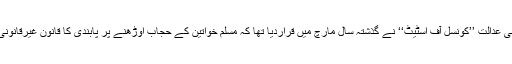
فرانس کی اعلیٰ انتظامی عدالت ’’کونسل آف اسٹیٹ‘‘ نے گذشتہ سال مارچ میں قراردیا تھا کہ مسلم خواتین کے حجاب اوڑھنے پر پابندی کا قانون غیرقانونی قرار دیا جا سکتا ہے۔